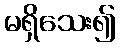
မရှိသေး၍